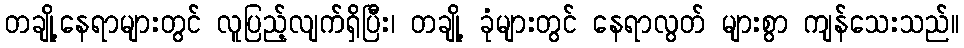
တချို့နေရာများတွင် လူပြည့်လျက်ရှိပြီး၊ တချို့ ခုံများတွင် နေရာလွတ် များစွာ ကျန်သေးသည်။